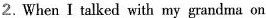
2. When I talked with my grandma on